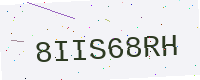
Text: 8IIS68RH